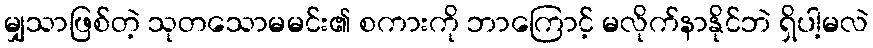
မျှသာဖြစ်တဲ့ သုတသောမမင်း၏ စကားကို ဘာကြောင့် မလိုက်နာနိုင်ဘဲ ရှိပါ့မလဲ